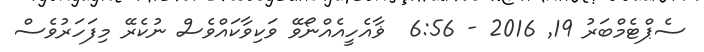
ސެޕްޓެމްބަރު 19